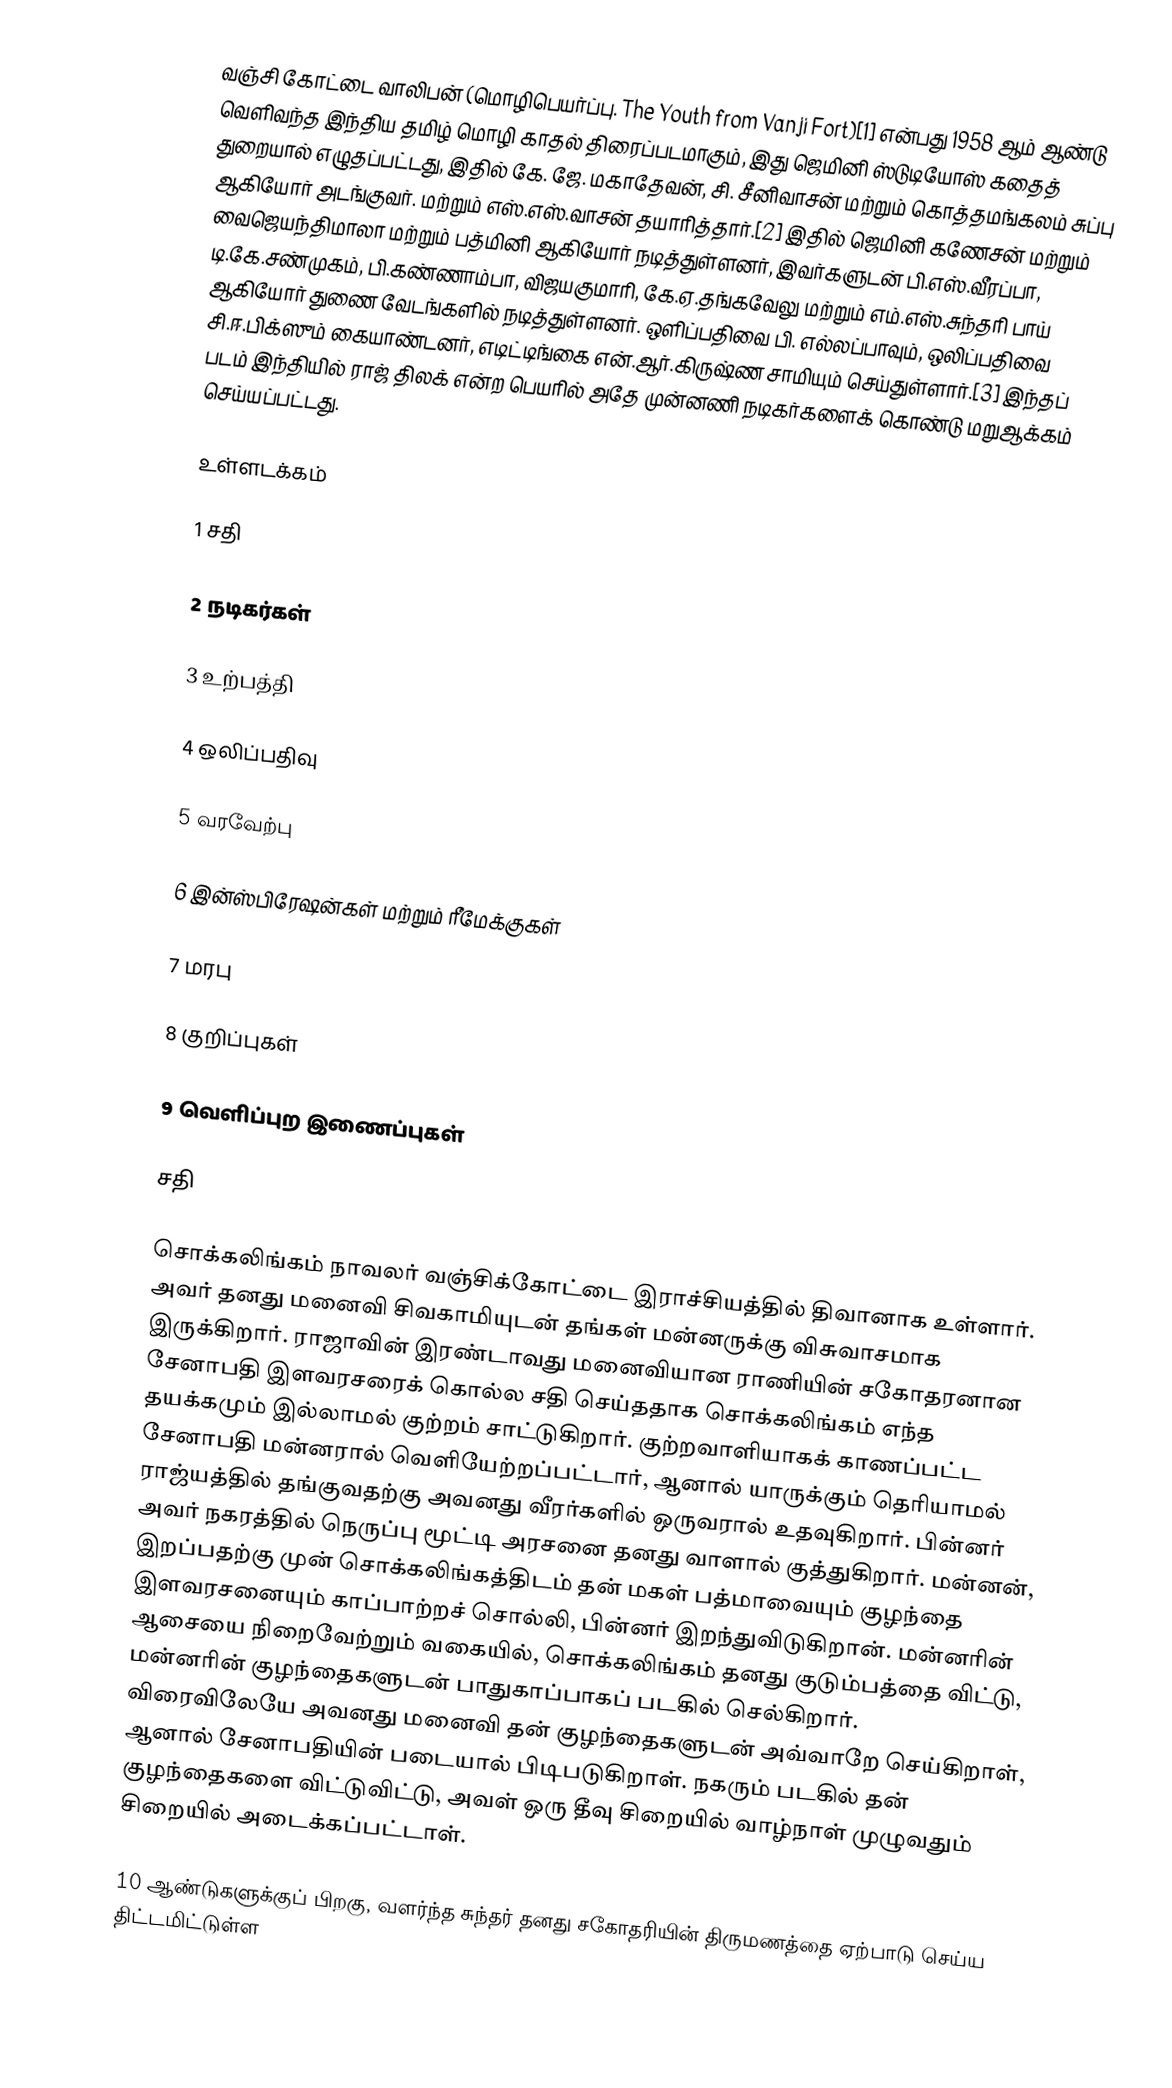
வஞ்சி கோட்டை வாலிபன் (மொழிபெயர்ப்பு. The Youth from Vanji Fort)[1] என்பது 1958 ஆம் ஆண்டு வெளிவந்த இந்திய தமிழ் மொழி  காதல் திரைப்படமாகும், இது ஜெமினி ஸ்டுடியோஸ் கதைத் துறையால் எழுதப்பட்டது, இதில் கே. ஜே. மகாதேவன், சி. சீனிவாசன் மற்றும் கொத்தமங்கலம் சுப்பு ஆகியோர் அடங்குவர். மற்றும் எஸ்.எஸ்.வாசன் தயாரித்தார்.[2] இதில் ஜெமினி கணேசன் மற்றும் வைஜெயந்திமாலா மற்றும் பத்மினி ஆகியோர் நடித்துள்ளனர், இவர்களுடன் பி.எஸ்.வீரப்பா, டி.கே.சண்முகம், பி.கண்ணாம்பா, விஜயகுமாரி, கே.ஏ.தங்கவேலு மற்றும் எம்.எஸ்.சுந்தரி பாய் ஆகியோர் துணை வேடங்களில் நடித்துள்ளனர். ஒளிப்பதிவை பி. எல்லப்பாவும், ஒலிப்பதிவை சி.ஈ.பிக்ஸும் கையாண்டனர், எடிட்டிங்கை என்.ஆர்.கிருஷ்ண சாமியும் செய்துள்ளார்.[3] இந்தப் படம் இந்தியில் ராஜ் திலக் என்ற பெயரில் அதே முன்னணி நடிகர்களைக் கொண்டு மறுஆக்கம் செய்யப்பட்டது.

உள்ளடக்கம்

1 சதி

2 நடிகர்கள்

3 உற்பத்தி

4 ஒலிப்பதிவு

5 வரவேற்பு

6 இன்ஸ்பிரேஷன்கள் மற்றும் ரீமேக்குகள்

7 மரபு

8 குறிப்புகள்

9 வெளிப்புற இணைப்புகள்

சதி

சொக்கலிங்கம் நாவலர் வஞ்சிக்கோட்டை இராச்சியத்தில் திவானாக உள்ளார். அவர் தனது மனைவி சிவகாமியுடன் தங்கள் மன்னருக்கு விசுவாசமாக இருக்கிறார். ராஜாவின் இரண்டாவது மனைவியான ராணியின் சகோதரனான சேனாபதி இளவரசரைக் கொல்ல சதி செய்ததாக சொக்கலிங்கம் எந்த தயக்கமும் இல்லாமல் குற்றம் சாட்டுகிறார். குற்றவாளியாகக் காணப்பட்ட சேனாபதி மன்னரால் வெளியேற்றப்பட்டார், ஆனால் யாருக்கும் தெரியாமல் ராஜ்யத்தில் தங்குவதற்கு அவனது வீரர்களில் ஒருவரால் உதவுகிறார். பின்னர் அவர் நகரத்தில் நெருப்பு மூட்டி அரசனை தனது வாளால் குத்துகிறார். மன்னன், இறப்பதற்கு முன் சொக்கலிங்கத்திடம் தன் மகள் பத்மாவையும் குழந்தை இளவரசனையும் காப்பாற்றச் சொல்லி, பின்னர் இறந்துவிடுகிறான். மன்னரின் ஆசையை நிறைவேற்றும் வகையில், சொக்கலிங்கம் தனது குடும்பத்தை விட்டு, மன்னரின் குழந்தைகளுடன் பாதுகாப்பாகப் படகில் செல்கிறார். விரைவிலேயே அவனது மனைவி தன் குழந்தைகளுடன் அவ்வாறே செய்கிறாள், ஆனால் சேனாபதியின் படையால் பிடிபடுகிறாள். நகரும் படகில் தன் குழந்தைகளை விட்டுவிட்டு, அவள் ஒரு தீவு சிறையில் வாழ்நாள் முழுவதும் சிறையில் அடைக்கப்பட்டாள்.

10 ஆண்டுகளுக்குப் பிறகு, வளர்ந்த சுந்தர் தனது சகோதரியின் திருமணத்தை ஏற்பாடு செய்ய திட்டமிட்டுள்ள